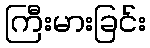
ကြီးမားခြင်း